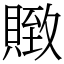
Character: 䞃